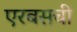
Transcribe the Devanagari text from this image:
एरबसची